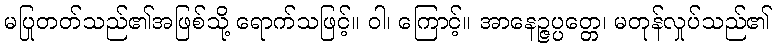
မပြုတတ်သည်၏အဖြစ်သို့ ရောက်သဖြင့်။ ဝါ၊ ကြောင့်။ အာနေဉ္ဇပ္ပတ္တေ၊ မတုန်လှုပ်သည်၏